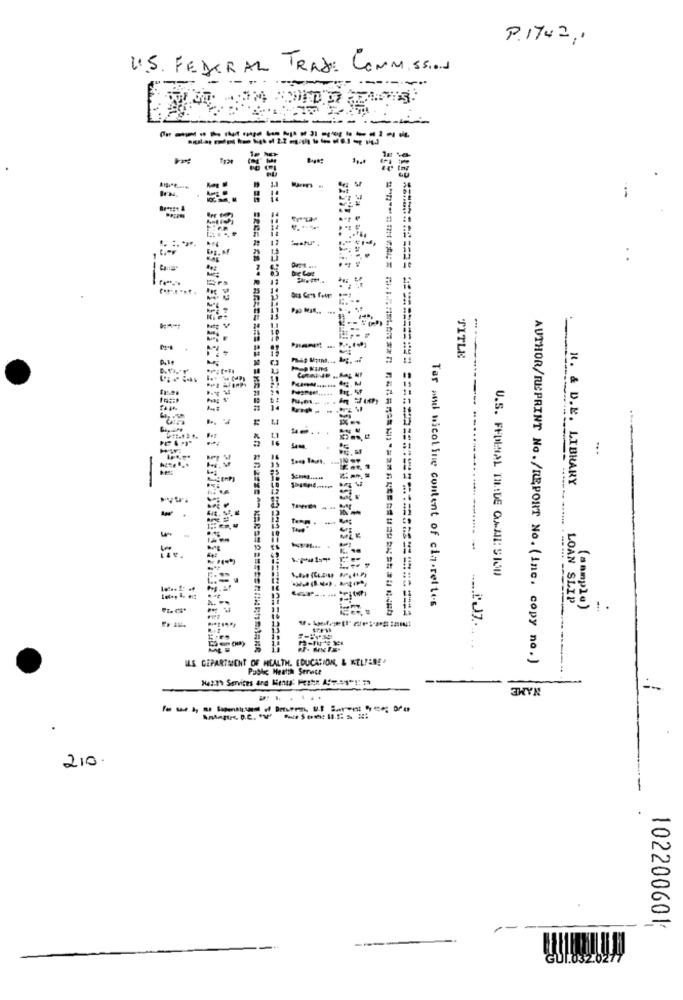
P. 1742 ,,
U.S. FEDERAL TRADE COMMISSION
Bag. AM
Alt
TITLE
... .
R. & D.E. LIBRARY
-
The"
..... .
U.S. FEDERAL TIME CAMI SIOD
LOAN SLIP
Tar and nicot ine content of cin.rettes
(sample)
! .
.... i'J7.
ILS DEPARTMENT OF HEALTH. EDUCATION, & KELLENE"
AUTHOR/REPRINT No./REPORT No. (Inc. copy no.)
Public Health Seratt
--
3HYN
-------
210.
102200601;
---
GUL.032.0277